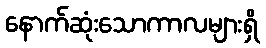
နောက်ဆုံးသောကာလများရှိ